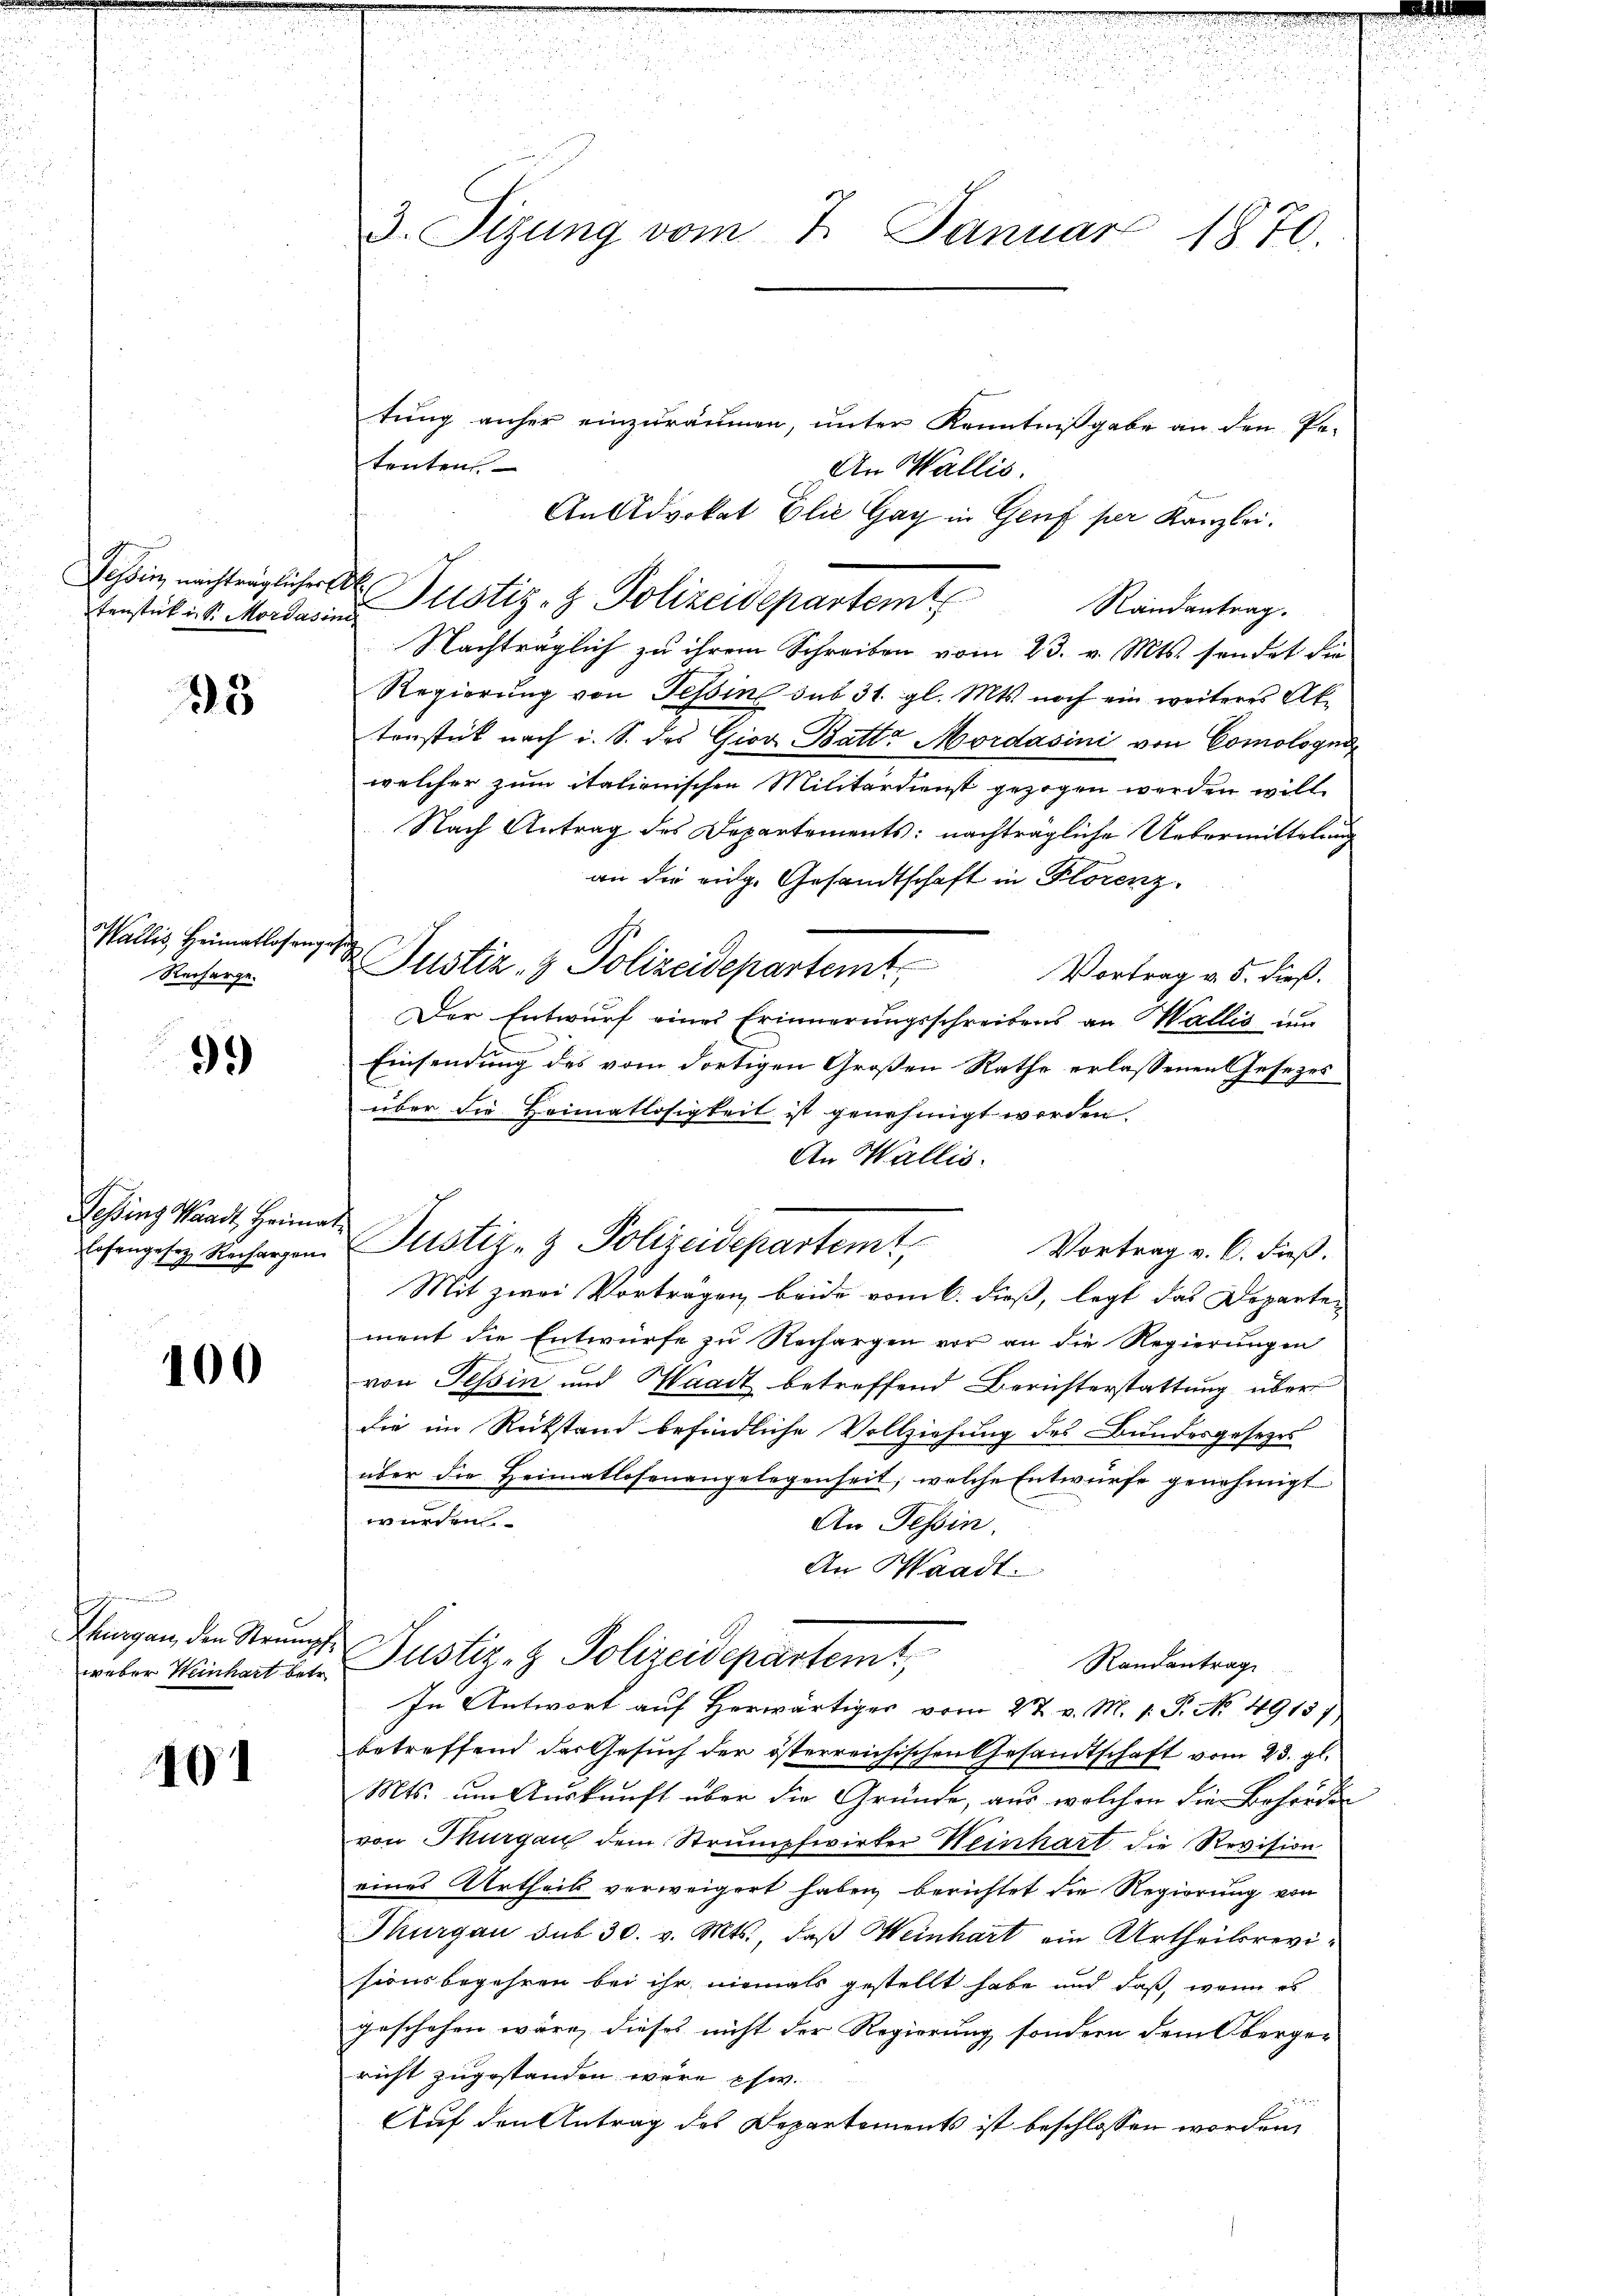
Tessin nachträglicher l
tenstück ist. Mordasini

15

Wallis, Heimatlosengese
Reiferge.

99

Tessing Waadt, Heimat¬

100

Vege
Thurgau, den Strumpf

101

3. Tizung vom 7. Januar
1870.

tung anher einzuräumen, unter Kenntnißgabe an den Petentens
An Wallis.
AnAdvokat Elie Gay in Genf per Kanzlei.
Justiz- & Polizeidepartemt
Randantrag.
Nachträglich zu ihrem Schreiben vom 23. v. Mts. sendet die
Regierung von Tessin sub 31. gl. Mts. noch ein weiteres Aktenstück nach i. S. des Giov Batte Mordasini von Comologna
welcher zum italienischen Militärdienst gezogen werden will.
Nach Antrag des Departements: nachträgliche Uebermittelung
an die eidg. Gesandtschaft in Florenz¬
Justiz- & Polizeidepartemt Vortrag v. 5. dieß.
Der Entwurf eines Erinnerungsschreibens an Wallis um
Einsendung des vom dortigen Großen Rathe erlassenen Gesezes
über die Heimatlosigkeit ist genehmigt worden.
An Wallis.
losengesez Nachargen Justiz- & Polizeidepartemt,
Vortrag v. C. Fieß.
Mit zwei Vortragen beide vom k. dieß, legt das Departen
ment die Entwürfe zu Rechargen vor an die Regierungen
von Tessin und Waadt betreffend Berichterstattung über
die im Rückstand befindliche Vollziehung des Bundesgesezes
über die Heimatlosenangelegenheit, welche Entwurfe genehmigt
werden
An Tessin
An Waadt.
weber Weinhart betr. Pustiz- & Polizeidepartemt,
Randantrag
In Antwort auf Herwärtiger vom 27. v. M. 1. P. No 4913)
betreffend der Gesuch der österreichischen Gesamtschaft vom 23. gl.
Mts. um Auskunft über die Gründe, aus welchen die Behörden
von Thurgau dem Strumpfwirker Weinhart die Revision
eines Urtheils verweigert haben, berichtet die Regierung von
Thurgau sub 30. v. Mts., daß Weinhart ein Urtheilsrevisionsbegehren bei ihr niemals gestellt habe und daß, wenn es
geschehen wäre, dieses nicht der Regierung sondern dem Oberge-
richt zugestanden wäre pfw.
Auf den Antrag des Departements ist beschlossen worden,

u